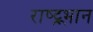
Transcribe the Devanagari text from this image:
राष्ट्र्भान